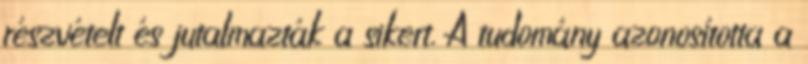
részvételt és jutalmazták a sikert. A tudomány azonosította a